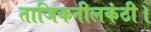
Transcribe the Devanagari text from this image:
ताजिकनीलकंठी।